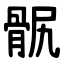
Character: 䯌